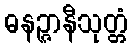
ဓနဉ္ဇာနီသုတ္တံ